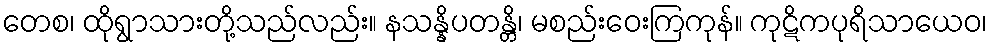
တေစ၊ ထိုရွာသားတို့သည်လည်း။ နသန္နိပတန္တိ၊ မစည်းဝေးကြကုန်။ ကုဋိကပုရိသာယေဝ၊